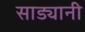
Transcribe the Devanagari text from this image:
साड्यानी